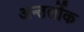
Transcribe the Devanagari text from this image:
अन्तर्लोक